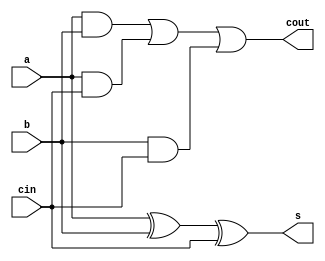
`timescale 1ns / 1ps
//////////////////////////////////////////////////////////////////////////////////
// Company: 
// Engineer: 
// 
// Design Name: 
// Module Name:    SingleStage 
// Project Name: 
// Target Devices: 
// Tool versions: 
// Description: 
//
// Dependencies: 
//
// Revision: 
// Revision 0.01 - File Created
// Additional Comments: 
//
//////////////////////////////////////////////////////////////////////////////////
module SingleStage(
    input a,
    input b,
    input cin,
    output cout,
    output s
    );
    assign s = a ^ b ^ cin;
    assign cout = (a & b)  |  (a & cin)  |  (b & cin);

endmodule